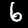
Label: 6